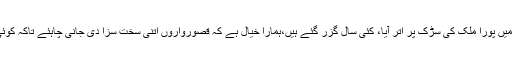
ادھر سی ایم کجریوال نے کہاکہ نربھیا کیس میں پورا ملک کی سڑک پر اتر آیا، کئی سال گزر گئے ہیں،ہمارا خیال ہے کہ قصورواروں اتنی سخت سزا دی جانی چاہئے تاکہ کوئی ایسا جرم کرنے سے پہلے 10 بار سوچے۔